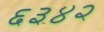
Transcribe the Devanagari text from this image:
६३४२